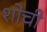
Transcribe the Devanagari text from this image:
शोची